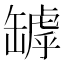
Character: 罅